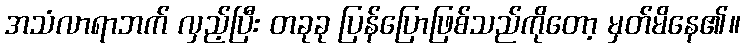
အသံလာရာဘက် လှည့်ပြီး တခုခု ပြန်ပြောဖြစ်သည်ကိုတော့ မှတ်မိနေ၏။